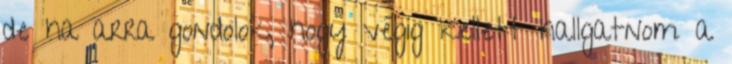
de ha arra gondolok, hogy végig kellett hallgatnom a